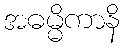
အဓမ္မိကာနိ